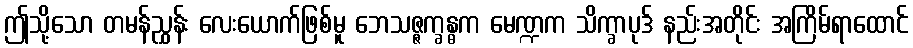
ဤသို့သော တမန်ညွှန်း လေးယောက်ဖြစ်မူ ဘေသဇ္ဇက္ခန္ဓက မေဏ္ဍက သိက္ခာပုဒ် နည်းအတိုင်း အကြိမ်ရာထောင်